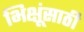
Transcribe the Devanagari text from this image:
भिक्षूंसाठी